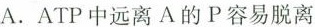
A.ATP中远离A的P容易脱离